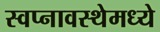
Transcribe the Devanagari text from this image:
स्वप्नावस्थेमध्ये